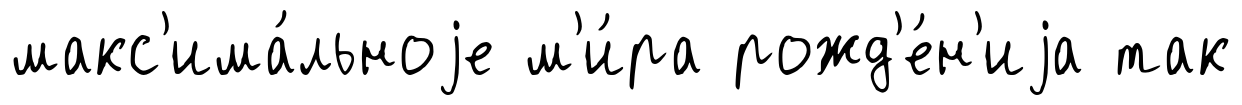
макс'има́льноjе м'и́ра рожд'е́н'иjа так